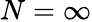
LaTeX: N=\infty